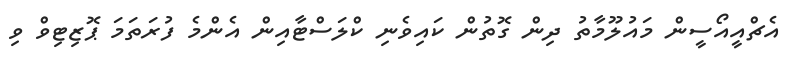
އެޗްއީއޯސީން މައުލޫމާތު ދިން ގޮތުން ކައިވެނި ކްލަސްޓާއިން އެންމެ ފުރަތަމަ ޕޮޒިޓިވް ވި